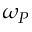
\omega _ { P }